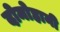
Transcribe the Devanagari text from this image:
दोमोहानी